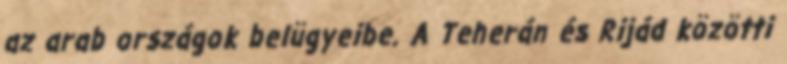
az arab országok belügyeibe. A Teherán és Rijád közötti